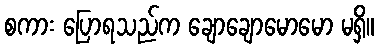
စကား ပြောရသည်က ချောချောမောမော မရှိ။